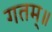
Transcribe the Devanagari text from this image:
गतम्॥